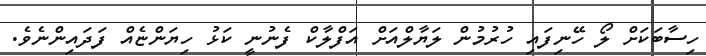
ހިސާބަކަށް ލޯ ހޭނިފައި ހުރުމުން ލަޔާލްއަށް އަފްލާކް ފެނުނީ ކަޅު ހިޔަންޏެއް ފަދައިންނެވެ.